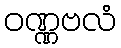
ဝဏ္ဏဗလံ